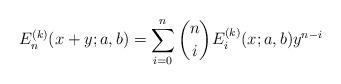
LaTeX: \begin{align*}{E}^{(k)}_{n}(x+y;a,b)=\sum_{i=0}^n\binom{n}{i}{E}^{(k)}_i(x;a,b)y^{n-i}\end{align*}